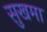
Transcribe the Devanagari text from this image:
सुखमा